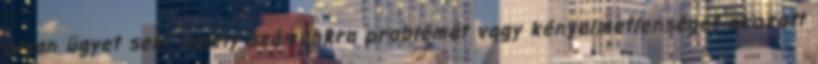
olyan ügyet sem, amely számunkra problémát vagy kényelmetlenséget okozott